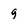
Character: g